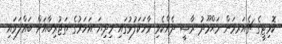
ކޮމިޓީގެ ޗެއަރމަން މަޙްމޫދު ރާޟީ ދެއްކެވި ވާހަކަފުޅުގައި މިދިޔަ އަހަރުގެ ތަޖުރިބާއަށް ބައްލަވައި